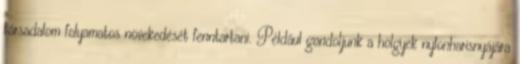
társadalom folyamatos növekedését fenntartani. Például gondoljunk a hölgyek nylonharisnyájára